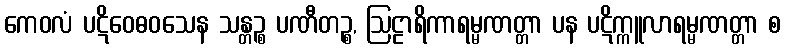
ကေဝလံ ပဋိဝေဓဝသေန သန္တဉ္စ ပဏီတဉ္စ, ဩဠာရိကာရမ္မဏတ္တာ ပန ပဋိက္ကူလာရမ္မဏတ္တာ စ